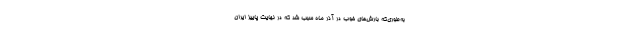
به‌طوری‌که بارش‌های خوب در آذر ماه سبب شد که در نهایت پاییز ایران